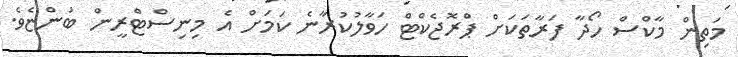
މަތިން މާކްސް ހޯދާ ފަރާތަކަށް ޕްރޮޖެކްޓް ހަވާލުކުރާނެ ކަމަށް އެ މިނިސްޓްރީން ބުންޏެވެ.